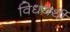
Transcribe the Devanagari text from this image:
विधयर्थी